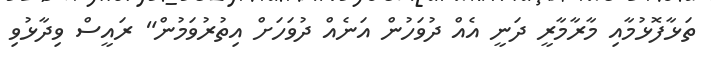
ތަޅާފޮޅުމާއި މާރާމާރީ ދަނީ އެއް ދުވަހުން އަނެއް ދުވަހަށް އިތުރުވަމުން" ރައީސް ވިދާޅުވި